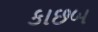
કાછબ